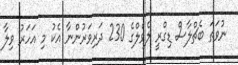
ނުވަތަ ބެޗްލާސް ޑިގްރީ ލެވެލްގެ 230 ދަރިވަރުންނާ އެކު މި އަހަރު ވިލާ